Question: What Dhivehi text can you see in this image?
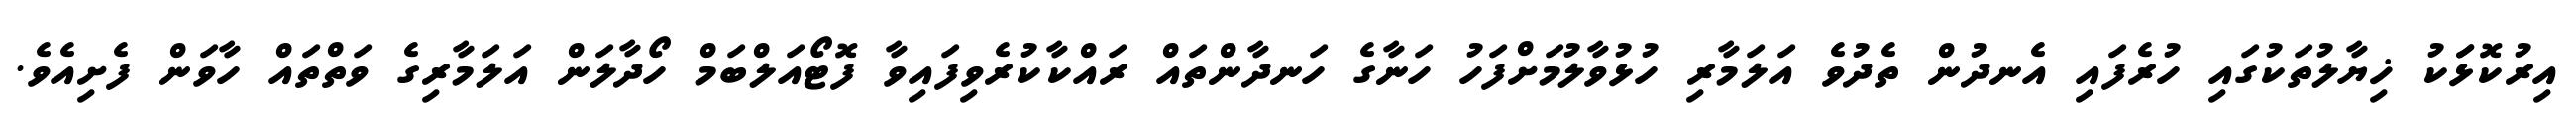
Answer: އިރުކޮޅަަކު ޚިޔާލުތަކުގައި ހުރެފައި އެނދުން ތެދުވެ އަލަމާރި ހުޅުވާލުމަށްފަހު ހަނާގެ ހަނދާންތައް ރައްކާކުރެވިފައިވާ ފޮޓޯއަލްބަމް ހޯދާލަން އަލަމާރިގެ ވަތްތައް ހާވަން ފެށިއެވެ.